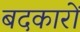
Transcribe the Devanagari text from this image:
बदकारों